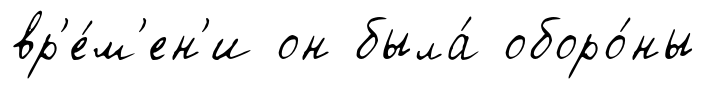
вр'е́м'ен'и он была́ оборо́ны